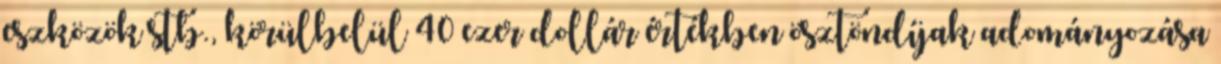
eszközök stb., körülbelül 40 ezer dollár értékben ösztöndíjak adományozása